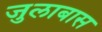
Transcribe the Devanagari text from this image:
जुलाबास